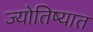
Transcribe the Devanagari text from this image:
ज्योतिष्यात